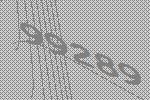
99289